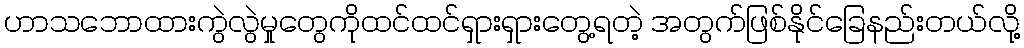
ဟာသဘောထားကွဲလွဲမှုတွေကိုထင်ထင်ရှားရှားတွေ့ရတဲ့ အတွက်ဖြစ်နိုင်ခြေနည်းတယ်လို့